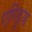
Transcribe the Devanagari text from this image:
एण्ड्रिया